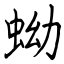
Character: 蚴